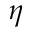
\eta